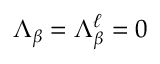
\Lambda _ { \beta } = \Lambda _ { \beta } ^ { \ell } = 0